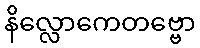
နိလ္လောကေတဗ္ဗော